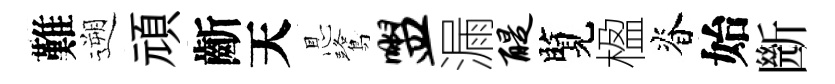
難遡頑齗天㤙鷺盥漏醍覽楹脊始㫁